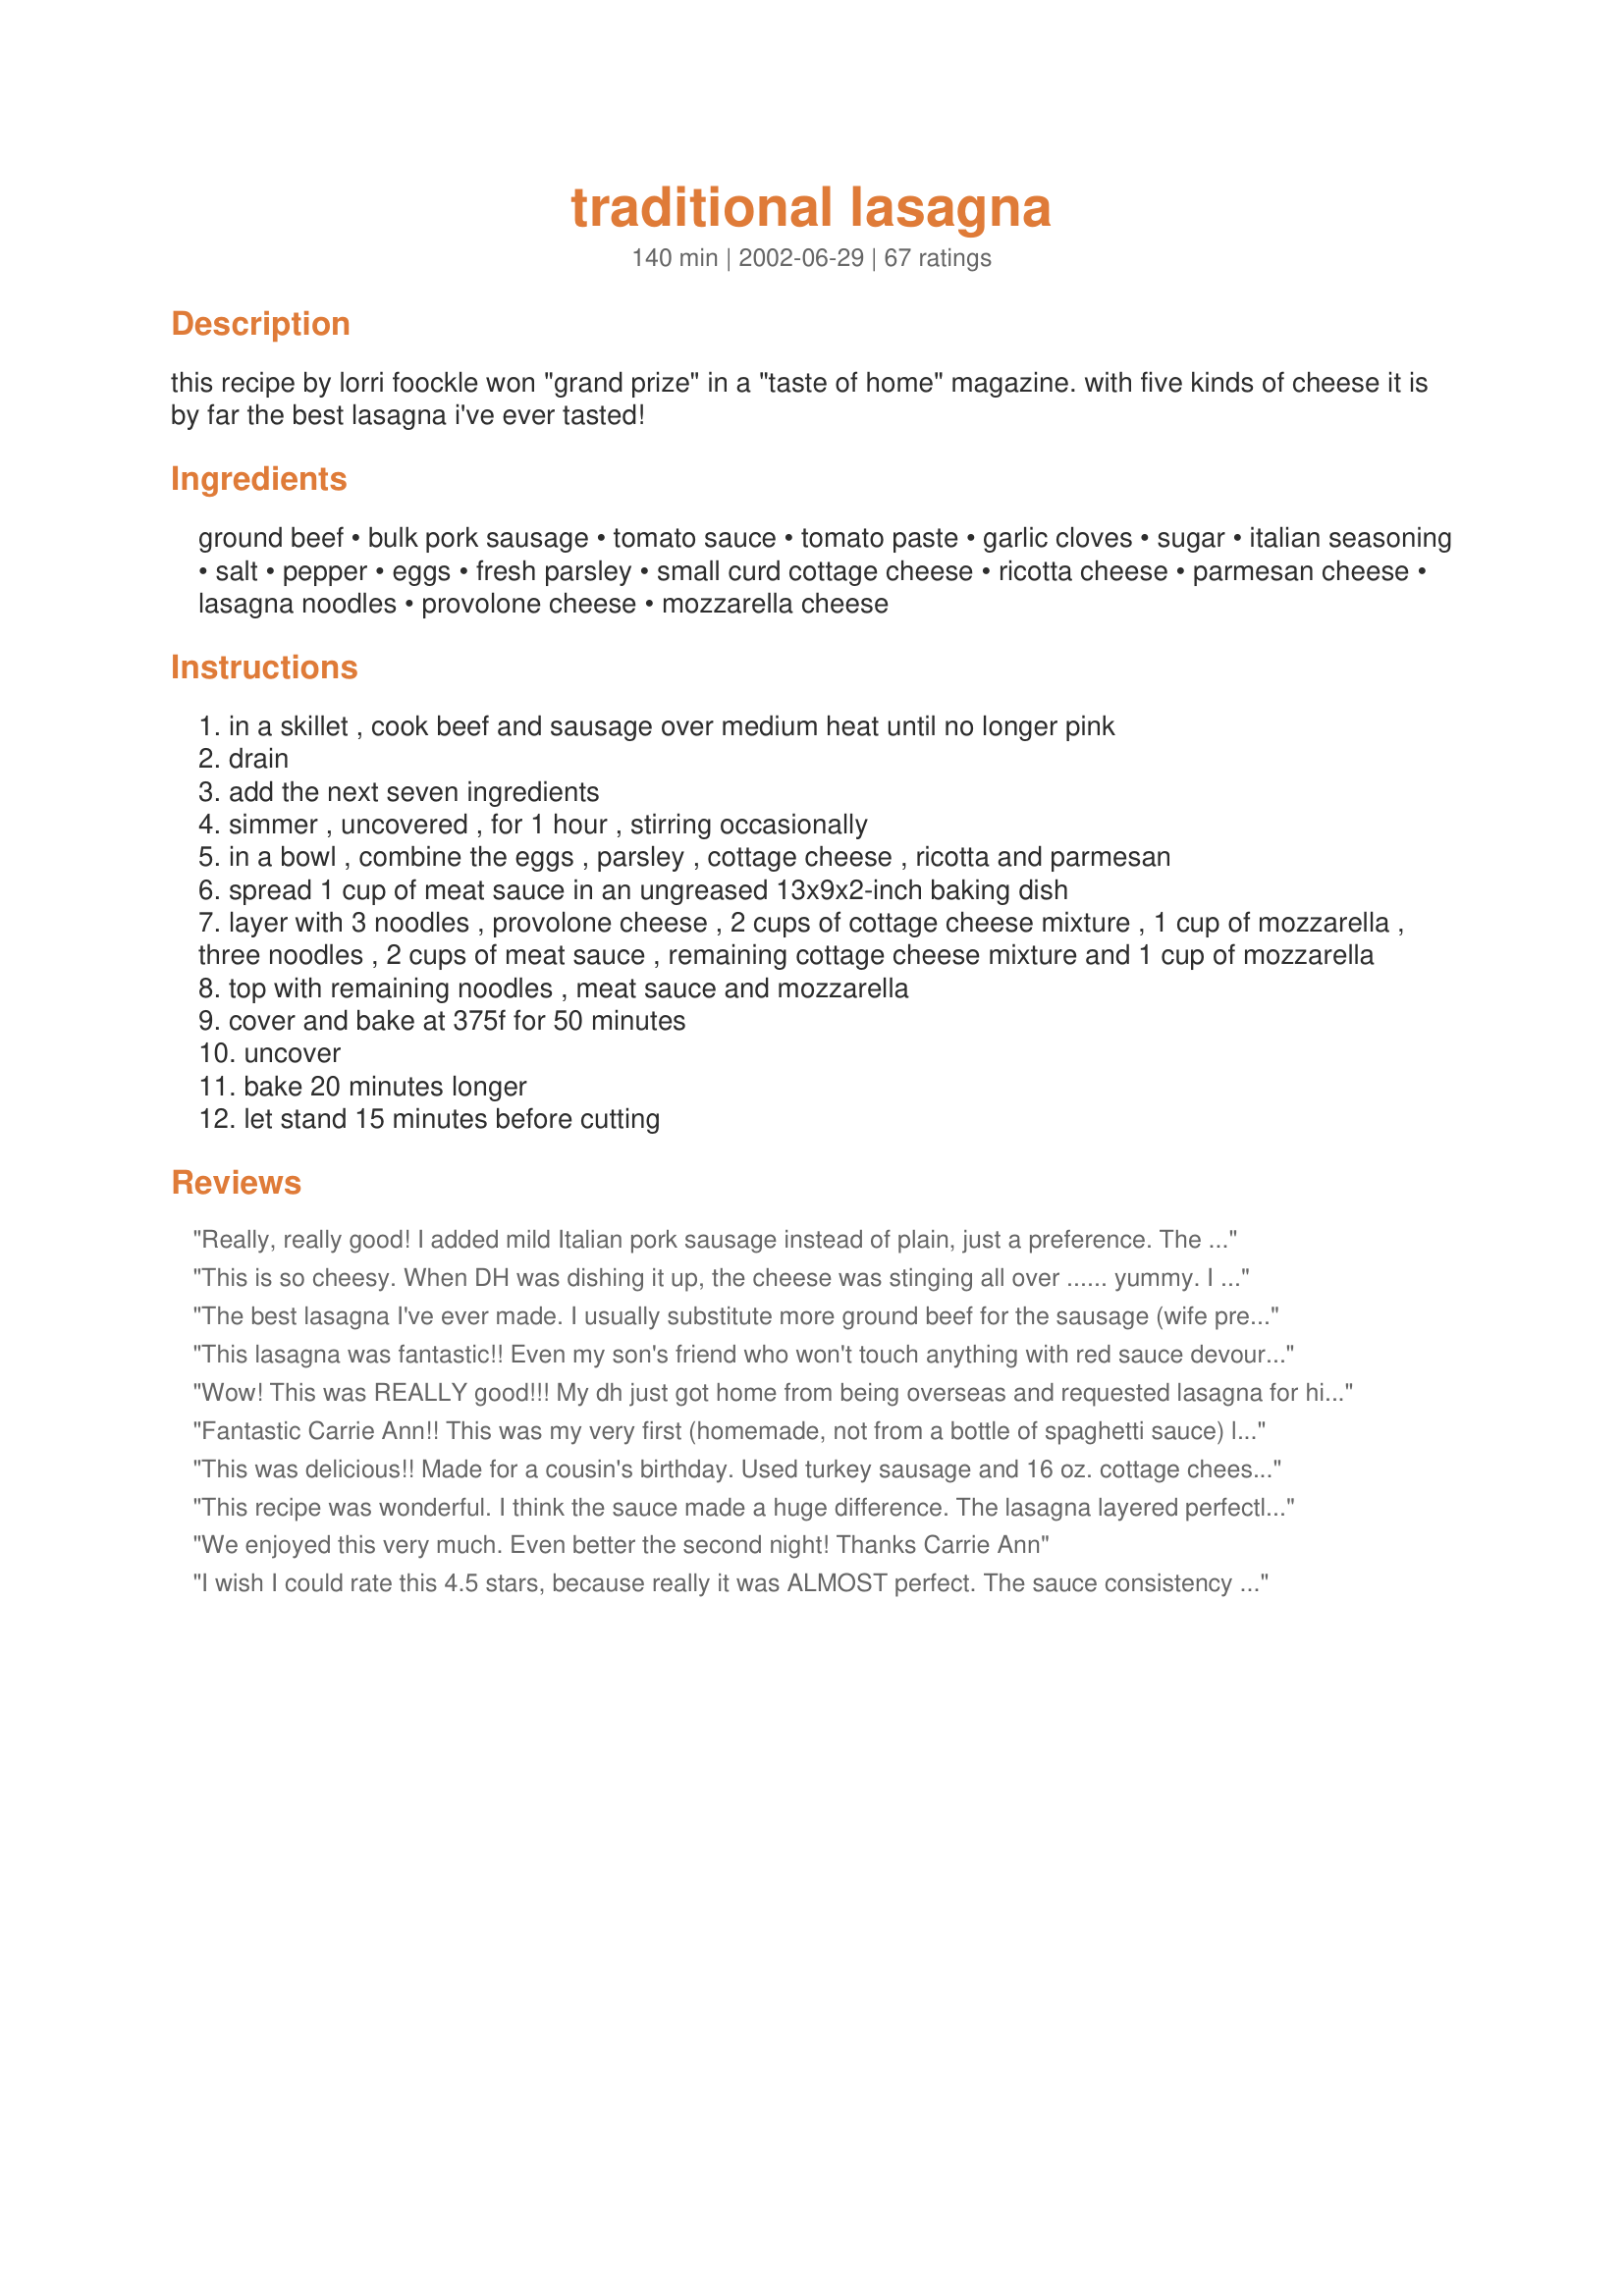
traditional lasagna
Preparation time: 140 minutes

this recipe by lorri foockle won "grand prize" in a "taste of home" magazine. with five kinds of cheese it is by far the best lasagna i've ever tasted!

Ingredients:
ground beef, bulk pork sausage, tomato sauce, tomato paste, garlic cloves, sugar, italian seasoning, salt, pepper, eggs, fresh parsley, small curd cottage cheese, ricotta cheese, parmesan cheese, lasagna noodles, provolone cheese, mozzarella cheese

Steps:
in a skillet , cook beef and sausage over medium heat until no longer pink
drain
add the next seven ingredients
simmer , uncovered , for 1 hour , stirring occasionally
in a bowl , combine the eggs , parsley , cottage cheese , ricotta and parmesan
spread 1 cup of meat sauce in an ungreased 13x9x2-inch baking dish
layer with 3 noodles , provolone cheese , 2 cups of cottage cheese mixture , 1 cup of mozzarella , three noodles , 2 cups of meat sauce , remaining cottage cheese mixture and 1 cup of mozzarella
top with remaining noodles , meat sauce and mozzarella
cover and bake at 375f for 50 minutes
uncover
bake 20 minutes longer
let stand 15 minutes before cutting

Reviews:
Really, really good! I added mild Italian pork sausage instead of plain, just a preference. The sauce is thick, rich, and meaty, and the cheese combination is great. I also used no-boil lasagna noodles, made it the night before, stuck in the frig, let it set at room temp for 1 1/2 hours. Thanks! It was a hit and made PLENTY for 8 guests!
This is so cheesy. When DH was dishing it up, the cheese was stinging all over ...... yummy. I like the ricotta and cottage cheese mixed together, previously I have either used one or the other. Thank you for sharing this great lasagna recipe.
The best lasagna I've ever made. I usually substitute more ground beef for the sausage (wife preference) and double the ricotta, cutting down on the cottage cheese.
This lasagna was fantastic!! Even my son's friend who won't touch anything with red sauce devoured 2 plates full. This will be the only lasagna I make from now on!
Wow! This was REALLY good!!! My dh just got home from being overseas and requested lasagna for his first home cooked meal- We both thought that this recipe was excellent! I followed the directions exactly, except I added 1/2 cup of diced onion. It was even better the next day for lunch. Next time I may add a bit more sauce, but that is a personal preferance. Thanks so much for sharing an excellent recipe! :)
Fantastic Carrie Ann!! This was my very first (homemade, not from a bottle of spaghetti sauce) lasagna and it was just super!! I looked at and read atleast 50 other lasagna recipes and picked this one, thanks goodness because it really was super. I followed the recipe exactly and it turned out perfect. A little time consuming but not difficult at all. My Mother-in-law mumbled "this is better than mine". Thanks!!
This was delicious!! Made for a cousin's birthday. Used turkey sausage and 16 oz. cottage cheese and 15 oz. ricotta cheese. Thanks so much for sharing!! :O)
This recipe was wonderful. I think the sauce made a huge difference. The lasagna layered perfectly and was not soupy at all. I think we have all had lasagna that was either too dry or way too soupy. This lasagna was neither. It hit it right on the mark. I mean it when I say the sauce made the difference. It was thick and held up nicely and was also flavorful and sweet. I added a little more garlic (4 cloves instead of two). This was just out of personal preference. This dish was very much enjoyed by my family. My Mother said it was the best lasagna she has ever tasted and my Brother had seconds. My Dad, who is known for putting ketchup on everything, refrained from adding ketchup to this meal. You know you've done well when he goes without ketchup. I'm definitely going to share this recipe with my colleagues, and will most likely make this the next time I have dinner with my soccer team. <br/><br/><br/>This recipe is a winner!
We enjoyed this very much. Even better the second night! Thanks Carrie Ann
I wish I could rate this 4.5 stars, because really it was ALMOST perfect. The sauce consistency was perfect, but a tad too sweet so I will decrease to 1 tsp of sugar next time. The great thing about this is that it IS a thick sauce with the sausage (I used mild Italian) and ground beef and that makes this set up and slice beautifully. Believe me, there is plenty of sauce, it just isn't overly saucy - which is a good thing! I found the cottage cheese mixture to be a little too watery, maybe it was the brand that I used but it was a little eggy as well. I will decrease to 2 eggs and I will use more ricotta and less cottage cheese the next go 'round. I also will grate about 1/2 cup more mozzarella because the top layer was not quite cheesy enough for us. I think those are very minor details that would be done just to suit my particular family's taste. Also, I did not simmer the sauce for 1 hour. I only simmered it for about 25 minutes and it was still excellent. Overall, one of the best lasagnas I have made and it was even better the next day!! Thank you for sharing!
Made it as is with my High School cooking class. Everyone that we let try this raved about it. We make 5 at a time. Freeze 4 and they work great!
This was really good, but too salty for our taste. It could just be the kind of cheese we used, but next time I am going to leave the teaspoon of salt out and it will be perfect.
This recipe is definitely excellent! I love the pasta sauce! I might use it in other recipes. The only thing I changed was I added onions. Mmmmmm!
Excellent & super tasty lasagna recipe! I used homemade pasta sheets and mixed spinach and mushrooms in the cheese mixture. This sauce will be great for pizza and other italian pasta dishes. It will get a lot of use in my kitchen. Thanks for sharing.
I'm surprised no-one mentioned the omission of water?? I thought the sauce was way too thick when it was simmering...added about 1 cup water. I also added the italian ssng to the the ricotta mixture. End results still could have had more though. My problem is....I'm trying to find a lasagna that I had when I was a kid at my parents friends house.Haven't found it yet...but I still give this one 4 stars. Thanx.
My kids didnt think I could make lasanga like my ex-wife. WRONG. This was a very full flavored recipe. I used bulk Italian sausage
instead of the pork and did add water to the sauce as it was simmering. I simmered the sauce 2 hours and it made the house smell great. One last thing. I added some red pepper flake for a little bite. Thanks for a great recipe.
Made this tonight for dinner and got rave reviews all around. We're not usually fussy about lasagna but everyone agreed that this was the best lasagna any of us had tasted in a long time. Followed the directions exactly. Great recipe. Thanks!
This was really good and pretty easy. Thanks for a great new recipe.
This is my new recipe for lasagna! I took the leftovers for my lunch and a co-worker wanted to taste it. She loved it too so I took her the recipe. I cant wait to have this again!
So good! My husband and his best friend ate half of it in one sitting! They said it was the best lasagna they'd ever had! The consistency was perfect! I used italian turkey sausage instead of pork and they loved that it is super meaty. Thanks for a great recipe!
My husband &amp; I were disappointed. Traditional Lasagna does not have cottage cheese in it, &amp; it made it have some liquid pockets. No provolone either. A very mediocre recipe.
Made this for Christmas Party it was a HIT! I did use hot sausage, extra garlic and mozzarella also added onion.
Wow is this good. The sauce is really thick plus like someone else said it spatters alot while simmering - make sure you stir it OFTEN. This sauce has so much flavor but yet it doesn't have any onions - my daughter loves that. Everybody liked this young and old. The best lasagna recipe I've tried yet. Like others have said, it has alot of good sauce flavor without the dish being too wet/saucy which some may not like, but you can always add more tomato sauce to it during the simmering stage.
I made this last night for our super bowl party and it was the biggest hit. Everyone said I got MVP of the game. Thanks for the wonderful recipe. The only adjustments I made was I used lean ground beef, reduced fat sausage, light ricotta, and light cottage cheese. It didn't taste reduced fat at all. I can't wait to eat the leftovers for dinner tonight!! Thanks again, Anne
Excellent Lasagna. The flavors blended so well together. I might experiment with the cheese combination (or not). We really enjoyed this. Thanks for sharing. :)
I made this and divided it into two 8x8 pans. One for now and one later. I thought the meat sauce was very easy to make. Not alot of crazy ingredients. I enjoyed simmering it on the stove and smelling the aroma. I was at school, last night, when the family ate it. This morning, I asked my teen age girls what they thought of it, and they said "Oh, it was REALLY good" "It was really cheesy"
"I thought there was just the right amount of tomato sauce" So, there you have it.
Make some for your family tonight!
All in my family agreed--this lasagna was excellent. I have never used bulk pork sausage in the meat sauce (usually use Italian sausage) but I thought the flavor was quite good. The meat sauce was plenty thick which helped keep the layers from smooshing out when I sliced it. The five cheeses is what, IMO, sets this one apart from all the rest. It makes for a very rich, luscious lasagna. This freezes and reheats quite well so would be good for OAMC. Thank you for posting a great recipe.
This recipe is fantastic! I have a lasagna recipe that we like and I have made for years, and decided to try this one for something new. My husband said over and over that it's the absolute best lasagna he has ever had! So I guess this now will be what we have going forward :) The only difference in what I made is that I used mild Italian sausage. And the only change I would make next time is that due to packaging size, I had a little ricotta cheese left over. I would just add it all in next time. YUM! Highly recommend this.
add some spinach and this is my favorite lasagna recipe! thank you for posting this one!
So good, thanks for the recipe! This is great and saucy, like I like it. I followed the directions for the most part - just doubled the Italian seasoning. The different cheeses added some great flavor. I'll definitely make this again!
EXCEPTIONAL Lasagna recipe!!!
 I followed your recipe with a few minor adjustments due to our extra huge lasagna pan and plus make another pan for my mother-inlaw & sis-inlaw and to fit our taste,,We used hamburg and sweet italian sausage,used 2-28 ounce cans crushed tomatoes and 2-28 ounce cans tomato puree and 2 cans tomato paste,2 tsps of sugar,4 heaping TBl spoons of minced garlic from jar,some chopped onions,doubled up on the spices and herbs,used fresh parsley and basil.simmered sauce for 2 hrs adding 1-1/2 cups of chicken broth when sauce was looking a bit too thick.
 We used all ricotta instead of cottage cheese,less mottz using it only a tad in the filling mixture with the fresh grated parm and some more mottz on the top,added some swiss cheese along with the provolone slices layer.
 This was the first time my lasagna actually stood up and sliced perfectly,we thought it came out beautifully and extremely delicious!!! Your recipe Rocks out loud!!!
 I will be using this recipe from now on!!!!
 YUMMMMYYYYYY
 Thank you for posting!!!!!
 Debbie :)
 

I made this recipe for dinner guests, using Debbie#5's great suggestions. Everyone asked for second, even my DH, who doesn't especially like lasagna That's 5*'s in my book!
It was fairly easy to put together, and the sauce was thick and meaty helping the lasagna hold together well went sliced. 
A great recipe...thanks!
This was very good, my husbands favorite food used to be his mother lasagna and now its this one! Thanks for posting this.
I've been making this lasagna recipe since it was first printed in the magazine and it is the best ever! Thanks for posting so I will no longer have to dig out my worn copy of the magazine :)
Delicious and easy to make! I used 1 3/4 pounds ground beef instead of using pork sausage. I used lower fat cottage cheese and ricotta cheese. I also used about 22 ounces of tomato sauce. I thought the meat sauce was a little too thick. I let the sauce simmer for about 15 minutes instead of 30 minutes.
My new go-to lasagna recipe! Only change was that due to personal preference, used 15 oz. ricotta and reduced the cottage cheese to 2 cups. Also used no-bake lasagna noodles. Absolutely delicious, and this lasagna does indeed hold up well - nice and firm when you cut into it - not squishing out all over the place :) Wonderful flavor, easy to throw together, excellent instructions - what more could you ask for?
I've made this a handful of times. This is the BEST lasagna you will have ever eaten. Don't look around the web any further. This is the ONE!!
I made the sauce tonight in preperation for making lasagna for dinner tomorrow....I am not sure there will be any sauce left! If the lasagna comes out as good as the sauce, this is a true winner!
This was delicious. I made it for my Bday and every there loved it. There was only 5 of us and one pan almost wasnt enuff. The only change I made was that I used all ricotta and no cottage cheese. I thought it tasted a little dry, but everyone else thought it was great. Thanks!
My Family Loved this recipe.
Wow! This was my first attempt at homemade lasagna. The recipe was very easy to follow and much simpler than I thought "real" lasagna could be. I made the meat sauce the night before, assembled the lasagna in the morning, and popped it in the oven after work. I used Happy Hobbits quanities for the ricotta and cottage cheese to accomodate for the sizes sold in my grocery store and I used Barilla no boil lasagna noodles. My husband enjoyed the sauce so much, I will be making it for the lasagna and also on its own with pasta when I'm crunched for time. Great recipe!!!
I was leery about this recipe solely because of the cottage cheese but in the end my family said the lasagna tasted almost identical to one I've already made with a sour cream recipe in the past. They did like the meat sauce part of this one better than that recipe though.
This was really a great lasagna (I really mean it, please see how I rate)! I followed the recipe pretty closely, but made a few changes just to make it easy working with quantities: used entire container of cottage cheese (16 oz, which was about two cups when measured), 15 oz container ricotta (to make up for the missing cup of cottage - it worked out well), and 1 lb bulk Italian pork sausage (that is how it was packaged, it turned out to be a little bit too much and I will decrease this amount to what the recipe suggests next time). The dish was full when layered with tasty goodness and the final layer of mozzarella stuck to the aluminum foil. I might try sprinkling the mozzarella after uncovering, for the last 20 minutes of baking (this is just for looks, the flavor was outstanding anyways). Thank you for sharing.
Great tasting but I found it a little dry and not nearly enough meat sauce (although some of the guests thought the consistency was perfect). Personally I like my lasagna a little more soupy so next time I'll increase the amount of sauce I make. I'll add a little extra sauce to the lasagna itself and reserve the rest of the extra sauce so the people who like their lasagna soupy can ladle a few spoonfuls over their chunk.
I don't eat lasagna much (even though I come from an Italian family) and I've never made it before, but I thought this was wonderful and so did my family and my 12 dinner guests. The sauce could stand alone with some nice rotini. I added 1 more clove of garlic and think it could have even handled more, and I never add sugar until the last, cause I tend to like my sauces a little more tart and maybe it won't need to be sweeter. I did have to add some diluted tomato juice to thin it out so I could simmer it longer. The only thing I would do differently next time is keep the sauce slightly thinner cause I used the Barilla no-cook lasagna noodles and I think they absorbed more moisture and I think the sauce could have been a little thinner after cooking. This is a keeper recipe and my family is already dying for me to make it again. It wasn't that much work with the no-cook noodles. I served it with an Olive Garden copy cat salad (I bought the dressing - it was so much easier). Thanks for a great recipe!
This is an absolutely beautiful lasagna! I don't mean it just looks good; from the aroma when it is cooking to the last bite it is incredible! I used italian sausage along with the ground beef, otherwise I followed the recipe. I put both the meat sauce and cheese mixture together in the morning and let them sit in the fridge. That evening I boiled the noodles, put everything together and put it back into the fridge. The next day I let the lasagna sit out for about 45 minutes and then cooked as directed. Delicious! Everyone was oohing and ahhing. After they ate they were moaning, cause they eat so much!
Very good lasagna, did use half cottage cheese and half ricotta, and used only ground beef,don't care for sausage that much, if sauce is to thick add alittle water or more tomato sauce, thanks for the recipe
I made this with ease and my family insists that I never make any other recipe of lasagna! I used to could get away with making Stouffer's Lasagna but not anymore! Only difference I added some cheddar on top. GREAT!
This is a great recipe. The provolone is a wonderful addition that I&#039;ve never seen before. I did make a few changes of my own that I thought added to the flavor for those with the ingredients and inclination. First, my family are garlic lovers so I increased the amount to 5 cloves (fresh). We also love onion so I added a small yellow one. I had some fresh basil and oregano left over from a prior recipe so I added about a teaspoon of each of those. I couldn&#039;t find ricotta in an 8 oz. portion and didn&#039;t want to waste any so I used 16 oz. of that and 16 oz. of cottage cheese. Occasionally I also add 4 or 5 finely chopped button mushrooms just for something different. I&#039;m way lazy when it comes to the noodles and always use &quot;oven ready.&quot; I can&#039;t tell a difference. And one last thing for anyone who uses &quot;preground&quot; pepper - freshly ground is much more pungent and can really make or break a dish although sometimes you&#039;ll need to use less to avoid the burn. Again, a fantastic recipe, I just like to experiment and hope others might find the ideas useful.
Outstanding! I have made this several times, each time to rave reviews. I only made a couple of minor changes, as others suggested; sauteed onion and garlic first, then added the meat. I also used more mozzarella, but that's a personal preference.
This deserves 5 stars. I made this for our Christmas Eve dinner. It was the bomb. Even hubby liked it and he only likes his recipe. I am not a big lasagna fan, until now that is. Thank you Carrie Ann for making my Christmas.
My husband who works for a major food company and used to mass produce lasagna liked this recipe. He knows lasagna inside and out. He said this recipe is good because it's not runny and has a nice taste. So if he says it's good that means it's really, really good to us normal people. I enjoyed making it. It was nice to have time to prepare the rest of the recipe while the meat sauce cooked for an hour. I didn't have to rush around the kitchen. I'm looking forward to making it again. Thanks for posting the recipe.
I only added 1 tsp. sugar, so it wouldn't be too sweet, and I used 1 lb. of hot sausage instead of 3/4 lb., and no onion? What's up with that? I added 1 big one in with the sauce. I increased the italian seasoning to 2 tsp. to give it some flavor, and then let the sauce simmer for 2 hours. You want to give the sauce enough time for the flavors to blend together. Then I made the lasagna. When it was done, I brought it into work, and we had a feast at lunch break. Everyone came running in to grab a piece. Got lots of compliments on it with the changes. Good basic recipe, but for us seasoned cooks we know when something needs a little tweaking, and this one did, no matter if it won a contest or not :)
This was excellent! Thank you for sharing Carrie Ann :-) Very easy to make, very tasty!!!!
This is now my permanent lasagna recipe!! I always like to add spinach to my lasagna. That was the only change I made. I usually don't have any left by the end of dinner time.
This recipe is extremely good and rich in flavor. My oldest, who is a great fan of lasagna tried to eat the entire pan. This is definately a winner. Thanx for posting.
I stuck to the recipe exactly and twice now have had the best lasagna I have ever made. Thanks so much for a great recipe!
This was a very good recipe. A lot more work than my usual lasangna (which consists of noodles, meat sauce and mozzarella) but well worth it. My husband said it was the best lasagna he has every had and this is definitely a 5-star recipe...now that's an accomplishment! Thanks for the great recipe!
Best lasagna ever!!!! My husband often doesn't like anything I make (It's not like his mom's is usually the excuse), but this is the one thing he always request since I've found this recipe. There aren't usually any leftovers for the kids and I the next day. He likes a lot of tomato sauce so I usually add a little more sauce and paste....but definately not needed. Thanks for submitting and letting us all enjoy it.
This lasagna was awesome! The sausage gave it such a great flavor. I didn't add the sugar to the sauce, as I don't like sweet sauce. I just made it without. I loved the flavor of the combination of cheeses that you used and we all give it a high five!
Very Good! Easy! I made ahead of time and put in the refridgerator. It came out so yummy! I even forgot to put in the provolone. I'll bet it even taste better if that is possible.
Okay, this is the best lasagna I have ever pulled off! I skipped the sausage and used all ground beef, added a little chopped onion and more spices-EXCELLENT! I personally think the fresh parsley added so much. This is one for the recipe books. In fact, I am going to make two pans for company this weekend. Oh-I did use the no-boil noodles-perfect. Leftovers tonight!
Thanks!
This is probably the best Lasagna from RZ! I have tried at least 2 other ones. My lasagna always seems to dry out. Not with this one. This was creamy and delicious! I will definitely increase the the garlic next time. The only change I made was to use hot turkey sausage. This is my lasagna recipe from now on, yeah!
My teenage son and I have made this twice now and each time it is a huge hit! We make it together so the time spent is well worth it...I make the red sauce and he makes the cheese mixture. Wonderful recipe! We only omitted the provolone...we forgot to buy it the first time and it was wonderful so I left it out the second time.
Followed the recipe exactly as stated and it turned out fabulous! Finally found a perfect lasagna recipe and was asked by my husband to never change it. We served it with some hot garlic bread and a salad and everyone at the table raved. Thanks.
This is the perfect lasagna. The first time I made this was for a birthday party and everyone loved it. It has to be one of the best lasagnas I have ever tasted.
I love lasagna and love trying different recipes sometimes from my own....and this one did not let me down...It was absolutely delicious !!! I didn't do too much different than how the recipe is written. I did use an extra clove of garlic and a small chopped onion. I had sauteed them along with the meats. And as another reviewer had done, I had used 16oz Cottage Cheese and 15oz Ricotta. This just makes it so there is no little bits of leftovers of those cheeses. Plus I used 5 cups of the mozzarella...only because I love cheese and it didn't seem enough with just 1 cup on top. And I only had 15 oz cans of tomato sauces so I had used 2 for a total of 30 oz instead of 24 oz. I found I had to put on a cover lightly over the sauce while it was simmering because it was spitting all over the place. (ouch) The flavors were so great together and made this a fantastic lasagna. We were only two for lunch but I always freeze the rest in portions for 2 people and they always turn out fantastic when reheated.<br/>I didn't finish my review and it got submitted ..while I was still typing and wouldn't let me back in to finish.....grrrr..... But would like to say thanks for sharing this wonderful recipe Carrie...we love it.
